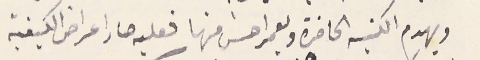
ويهدم الكنيسه الحاضرة ويعمر احسن منها فعليه صار اعراض الكيفية